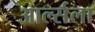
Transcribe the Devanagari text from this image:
आर्ल्सला